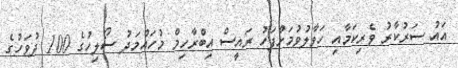
އައު ސަރުކާރު ވެރިކަމާއި ހަވާލުވުމަށްފަހު ރައީސް އިބްރާހިމް މުހައްމަދު ސޯލިހުގެ 100 ދުވަހުގެ